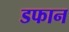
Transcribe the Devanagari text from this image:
डफान